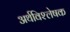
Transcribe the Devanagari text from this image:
अर्थविश्लेषक